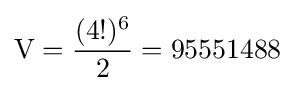
{\textrm {V}}={\frac {(4!)^{6}}{2}}=95551488